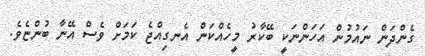
ގެންދަން ނައުމުން އަހަންނަކީ ބޭކާރު މީހެއްކަން އެނގިއްޖެ ކަމަށް ވެސް އޭނާ ބުންޏެވެ.